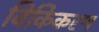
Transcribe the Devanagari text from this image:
विकिकरण